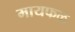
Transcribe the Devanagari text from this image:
मायफळ